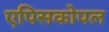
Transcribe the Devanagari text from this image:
एपिसकोपल